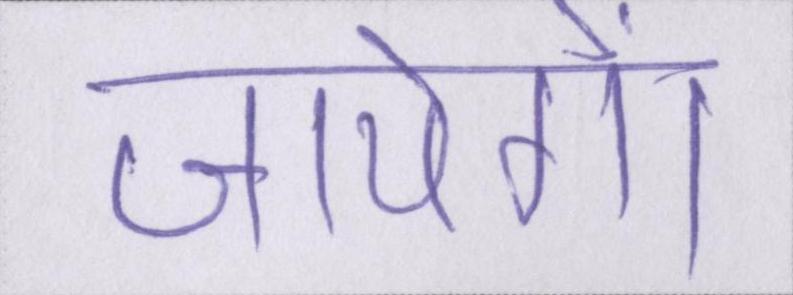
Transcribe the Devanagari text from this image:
जायेंगे।